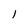
Character: l